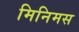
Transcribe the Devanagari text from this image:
मिनिमस